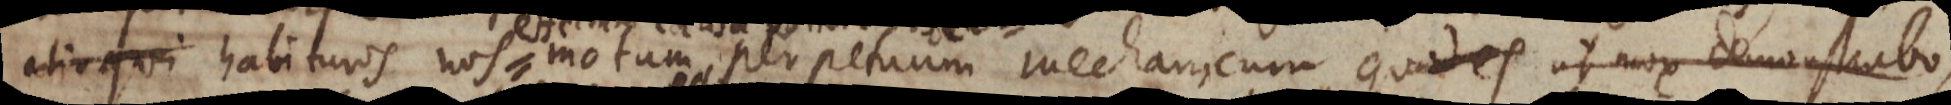
alioqui, habituros nos motum perpetuum mechanicum, que